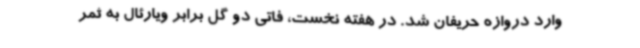
وارد دروازه حریفان شد. در هفته نخست، فاتی دو گل برابر ویارئال به ثمر